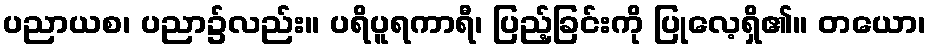
ပညာယစ၊ ပညာ၌လည်း။ ပရိပူရကာရီ၊ ပြည့်ခြင်းကို ပြုလေ့ရှိ၏။ တယော၊